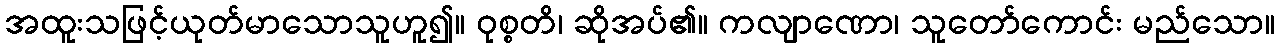
အထူးသဖြင့်ယုတ်မာသောသူဟူ၍။ ဝုစ္စတိ၊ ဆိုအပ်၏။ ကလျာဏော၊ သူတော်ကောင်း မည်သော။